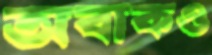
অবাকও